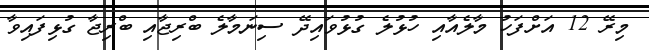
މިރޭ 12 އަށްފަހު މާލެއާއި ހުޅުލެ ގުޅުވައިދޭ ސިނަމާލެ ބްރިޖާއި ބްރިޖާ ގުޅިފައިވާ